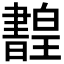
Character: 𤾳